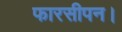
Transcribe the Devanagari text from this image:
फारसीपन।